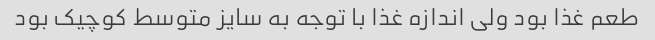
طعم غذا بود ولی اندازه غذا با توجه به سایز متوسط کوچیک بود